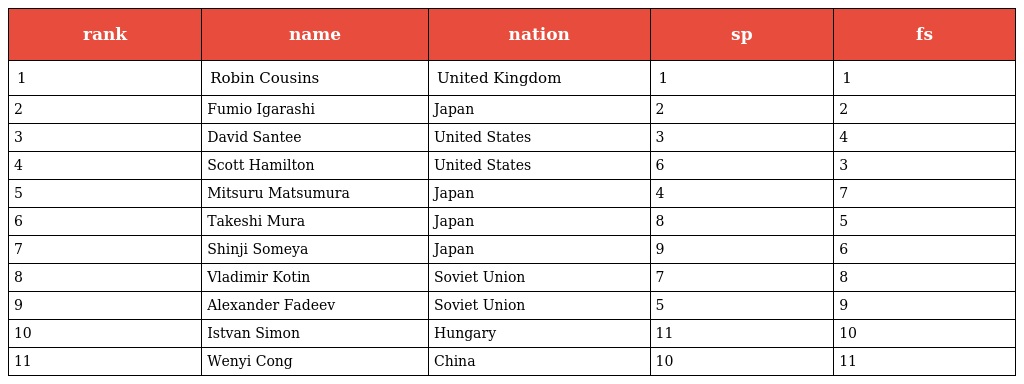
| rank | name | nation | sp | fs |
 | --- | --- | --- | --- | --- |
 | 1 | Robin Cousins | United Kingdom | 1 | 1 |
 | 2 | Fumio Igarashi | Japan | 2 | 2 |
 | 3 | David Santee | United States | 3 | 4 |
 | 4 | Scott Hamilton | United States | 6 | 3 |
 | 5 | Mitsuru Matsumura | Japan | 4 | 7 |
 | 6 | Takeshi Mura | Japan | 8 | 5 |
 | 7 | Shinji Someya | Japan | 9 | 6 |
 | 8 | Vladimir Kotin | Soviet Union | 7 | 8 |
 | 9 | Alexander Fadeev | Soviet Union | 5 | 9 |
 | 10 | Istvan Simon | Hungary | 11 | 10 |
 | 11 | Wenyi Cong | China | 10 | 11 |